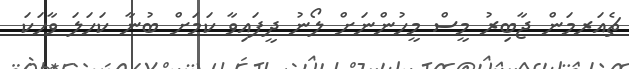
ޗެއަރމަން ޖާބިރު މީސް މީހުންނަށް ލޯނު ދީފައިވާ ކަމަށް ބުނާ ކަހަލަ ވާހަކަ